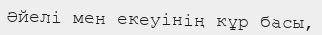
Әйелі мен екеуінің кұр басы,